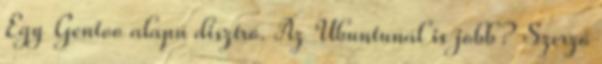
Egy Gentoo alapú disztró. Az Ubuntunál is jobb? Szerző